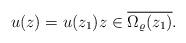
LaTeX: \begin{align*} u(z) = u(z_1) z \in \overline{\Omega_\varrho(z_1)}.\end{align*}